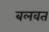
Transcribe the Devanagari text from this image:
बलवत